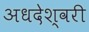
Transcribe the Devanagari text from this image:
अधदेश्वरी